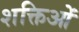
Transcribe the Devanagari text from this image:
शक्तिओं